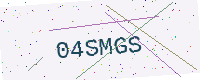
Text: 04SMGS